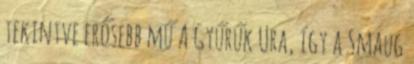
tekintve erősebb mű A Gyűrűk Ura, így a Smaug